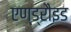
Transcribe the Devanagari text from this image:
एण्ड्रौइड